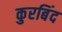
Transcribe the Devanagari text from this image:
कुरबिंद